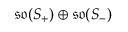
{ \mathfrak { s o } } ( S _ { + } ) \oplus { \mathfrak { s o } } ( S _ { - } )